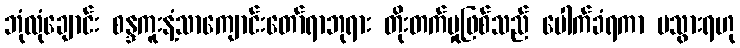
ဘုံလုံချောင်း စန္ဒကူးနံ့သာကျောင်းတော်ရာဘုရား တိုးတက်မှုဖြစ်သည် ပေါက်ခံရကာ မသွားရဟု